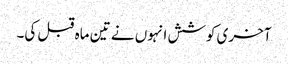
آخری کوشش انہوں نے تین ماہ قبل کی۔